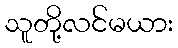
သူတို့လင်မယား